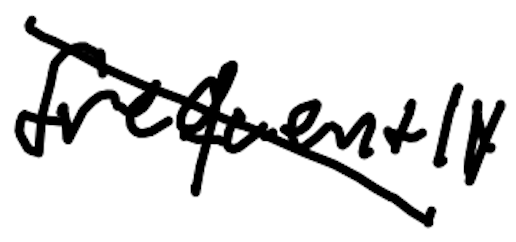
Text: frequently
Cross-out: diagonal
Writing tool: digital_black